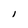
Character: l